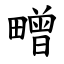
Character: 㽪